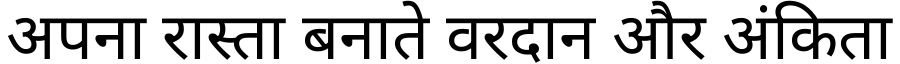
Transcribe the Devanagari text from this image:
अपना रास्ता बनाते वरदान और अंकिता